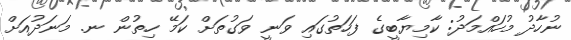
ނުހާދު މުހައްމަދު: ކާމިޔާބީގެ ފަހަތުގައި ވަނީ ވަގުތަށް ކަމޭ ހިތުން ނ. މަނަދުއަށް